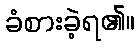
ခံစားခဲ့ရ၏။